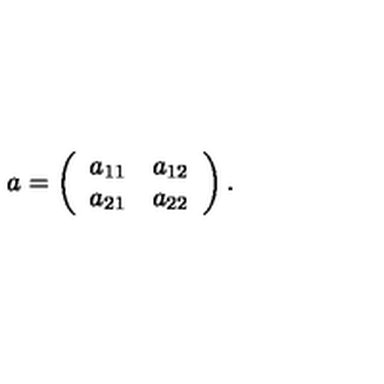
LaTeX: a = \left( \begin{array} { c c } { a _ { 1 1 } } & { a _ { 1 2 } } \\ { a _ { 2 1 } } & { a _ { 2 2 } } \\ \end{array} \right) .